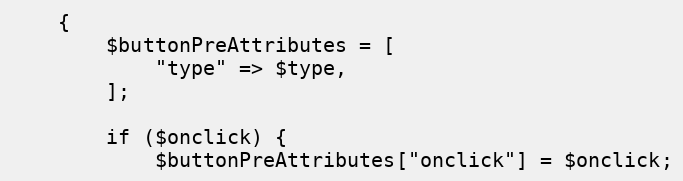
Language: PHP
    {
        $buttonPreAttributes = [
            "type" => $type,
        ];

        if ($onclick) {
            $buttonPreAttributes["onclick"] = $onclick;